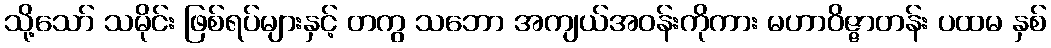
သို့သော် သမိုင်း ဖြစ်ရပ်များနှင့် တကွ သဘော အကျယ်အဝန်းကိုကား မဟာဝိဇ္ဇာတန်း ပထမ နှစ်